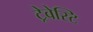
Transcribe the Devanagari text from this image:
ट्रेवेस्टि